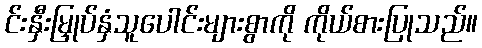
င်းနှီးမြှုပ်နှံသူပေါင်းများစွာကို ကိုယ်စားပြုသည်။